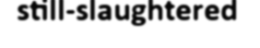
still-slaughtered